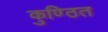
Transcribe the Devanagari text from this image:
कुण्ठित